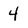
Character: 4